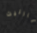
بارنيت